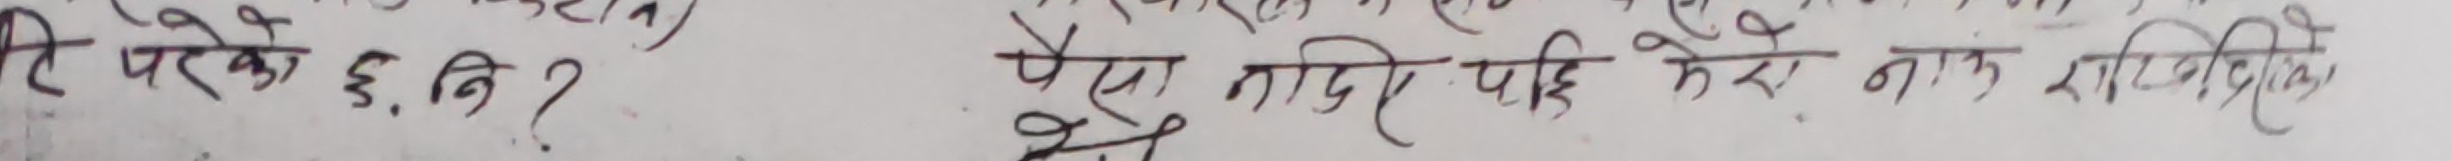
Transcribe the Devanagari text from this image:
के परेको हु, नि ? पैसा ज दिए पनि मेरो नाम राखिदिनु पर्छ।